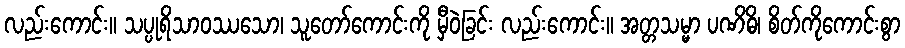
လည်းကောင်း။ သပ္ပုရိသာဝဿသော၊ သူတော်ကောင်းကို မှီဝဲခြင်း လည်းကောင်း။ အတ္တသမ္မာ ပဏိဓိ၊ စိတ်ကိုကောင်းစွာ